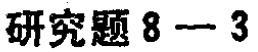
研究题 8 - 3